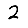
Digit: 2